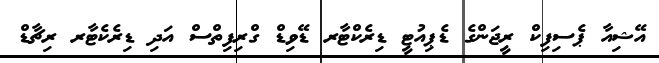
އޭޝިއާ ޕެސިފިކް ރީޖަންގެ ޑެޕިއުޓީ ޑިރެކްޓާރ ޑޭވިޑް ގްރިފިތްސް އަދި ޑިރެކެޓާރ ރިޗާޑް